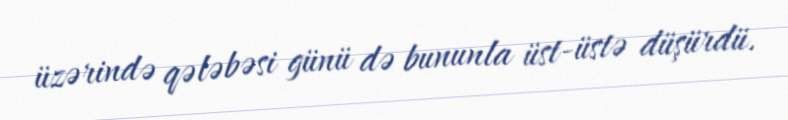
üzərində qələbəsi günü də bununla üst-üstə düşürdü.